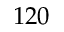
1 2 0